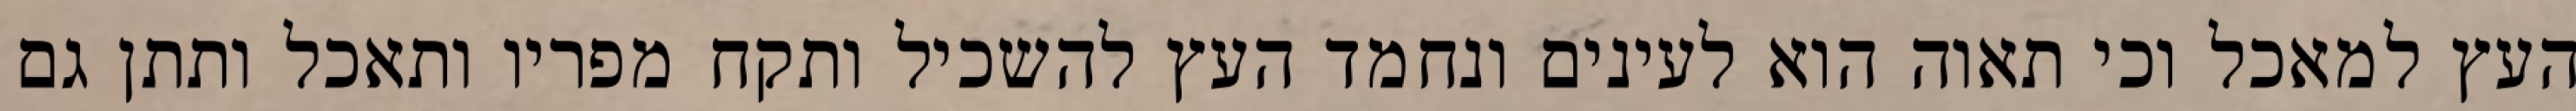
העץ למאכל וכי תאוה הוא לעינים ונחמד העץ להשכיל ותקח מפריו ותאכל ותתן גם